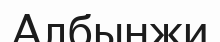
Албынжи